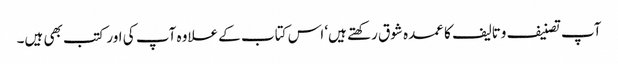
آپ تصنیف وتالیف کا عمدہ شوق رکھتے ہیں‘ اس کتاب کے علاوہ آپ کی اور کتب بھی ہیں۔